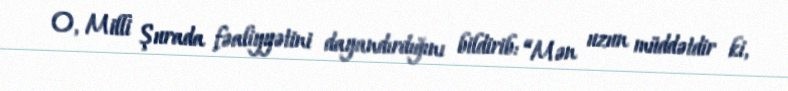
O, Milli Şurada fəaliyyətini dayandırdığını bildirib: “Mən uzun müddətdir ki,